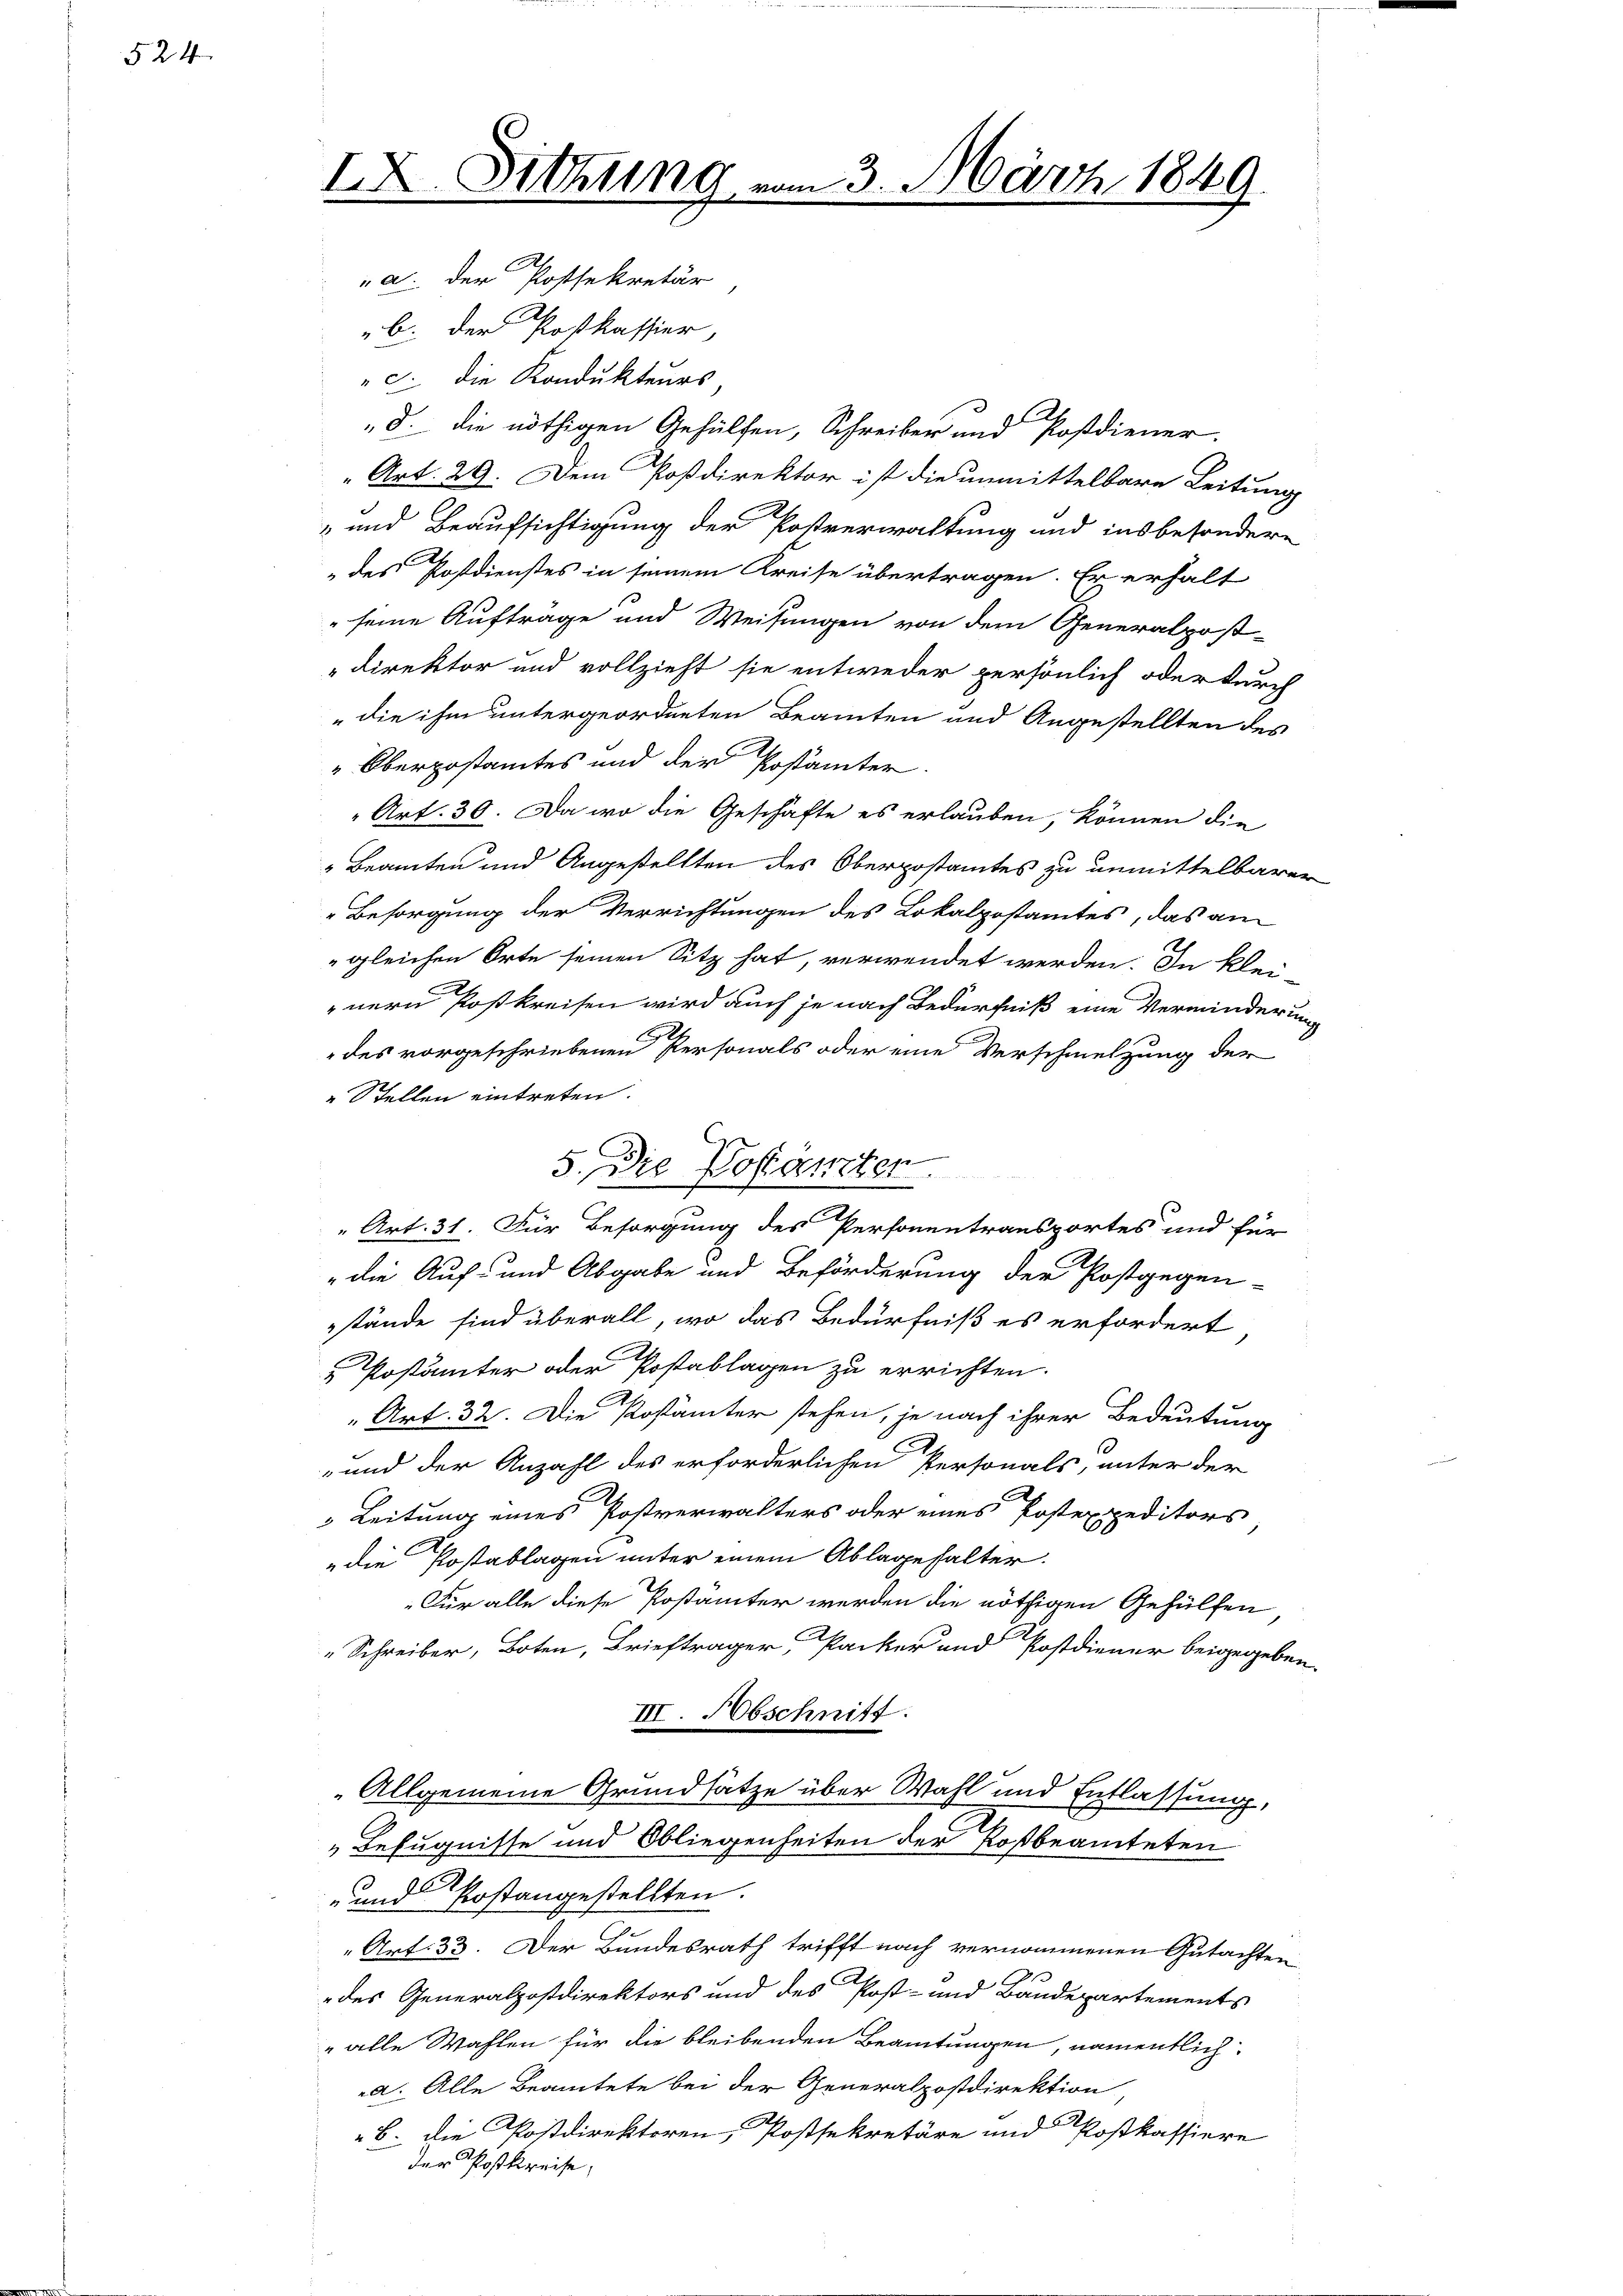
524.

2

a. der Postsekretär
b. der Postkassier,
c. die Kondukteurs,
2
d. die nöthigen Gehülfen, Schreiber und Postdiener.
Art. 29. Dem Poßdirektor ist die unmittelbare Leitung
 und Beaufsichtigung der Postverwaltung und insbesondere
" des Postdienstes in seinem Kreise übertragen. Er erhalt
" seine Auftrage und Weisungen von dem Generalpost
Direktor und vollzieht sie entweder persönlich oder durch
" die ihm untergeordneten Beamten und Angestellten des
" Oberpostamtes und der Postämter.
Art. 30. Da wo die Geschäfte es erlauben, können die
" Beamten und Angestellten des Oberpostamtes zu unmittelbarer
Besorgung der Verrichtungen des Lokalpostamtes, das am
gleichen Orte seinen Sitz hat, verwendet werden. In klei-
nern Postkreisen wird auch je nach Bedürfniß eine Verminderung
des vorgeschriebenen Personals oder eine Verschmelzung der
Stellen eintreten.
„Art. 31. Für Besorgung des Personentransportes und für
" die Auf- und Abgabe und Beförderung der Postgegen
stände sind überall, wo das Bedürfniß es erfordert
 Postämter oder Postablagen zu errichten.
Art. 32. Die Kostämter stehen, je nach ihrer Bedeutung
und der Anzahl des erforderlichen Personals, unter der
 Leitung eines Postverwalters oder eines Postexpeditors
die Postablagen unter einem Ablagehalter.
„Für alle diese Postämter werden die nöthigen Gehülfen
" Schreiber, Boten, Briefträger Packer und Postdiener beigegeben.
III. Abschnitt.
Allgemeine Grundsatze über Wahl und Entlassung,
x
„Befugnisse und Obliegenheiten der Rostbeamteten
- und Postangestellten.
Art. 33. Der Bundesrath trifft nach vernommenen Gutachten
des Generalpostdirektors und des Post- und Bandepartements
 alle Wahlen für die bleibenden Beamtungen, namentlich
a. Alle Beamtete bei der Generalpostdirektion
 B. die Postdirektoren, Postsekretäre und Postkassiere
der Postkreise,

Sitzung

NNo. 312
5. Die Pofämter

3. März 1849.